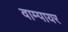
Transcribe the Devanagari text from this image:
वाम्पायर